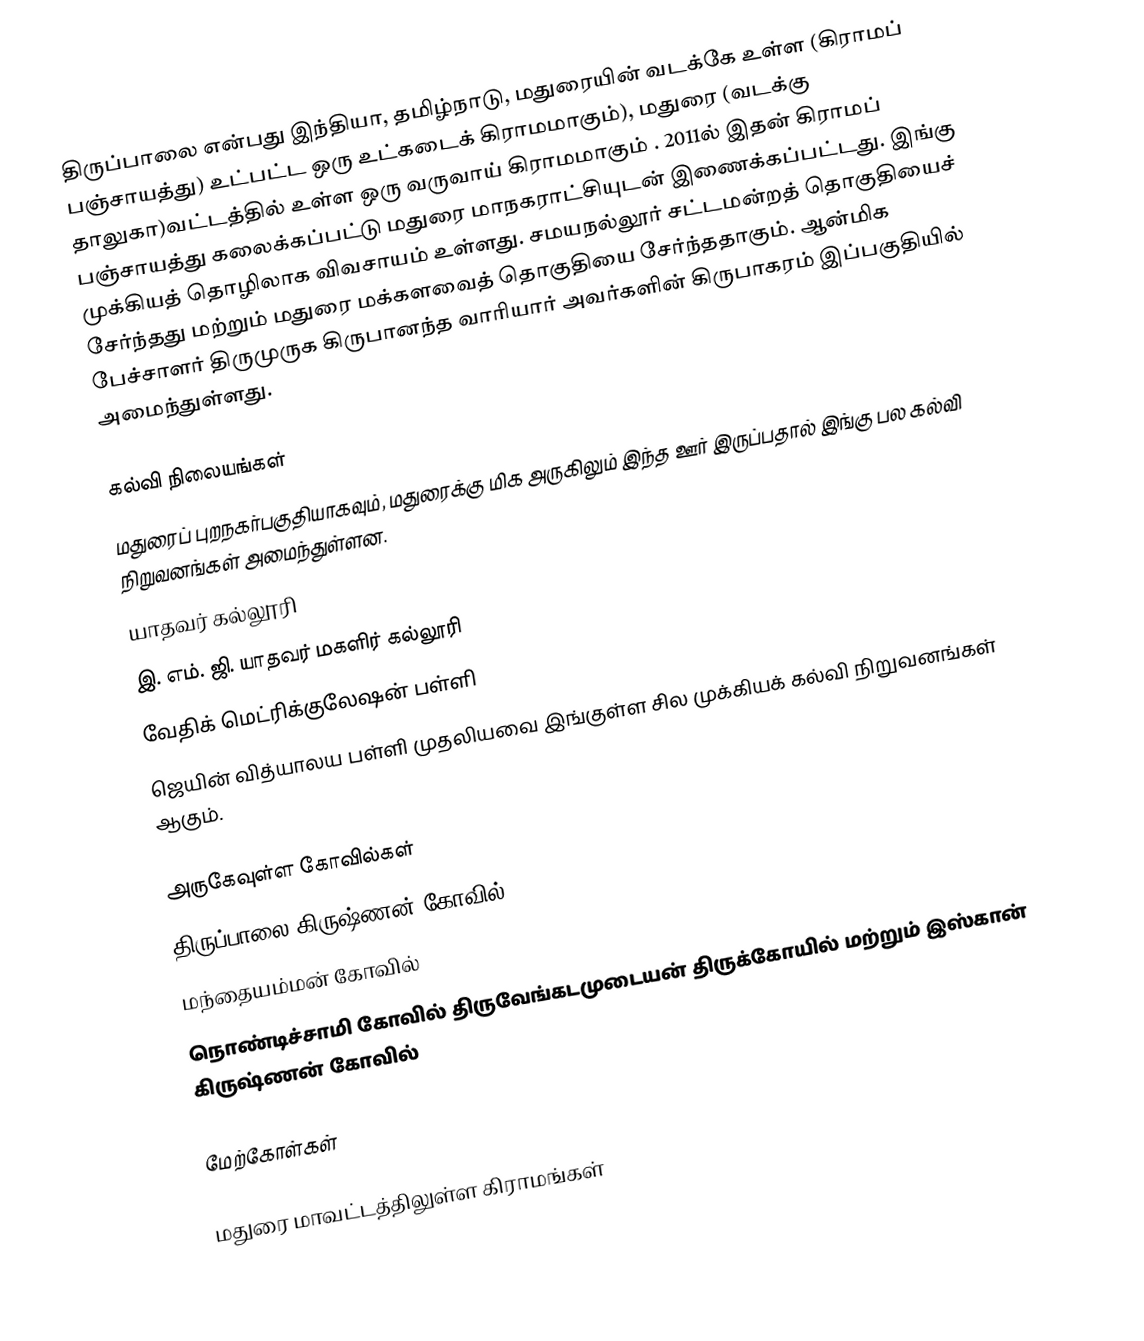
திருப்பாலை என்பது இந்தியா, தமிழ்நாடு, மதுரையின் வடக்கே உள்ள  (கிராமப் பஞ்சாயத்து) உட்பட்ட ஒரு உட்கடைக் கிராமமாகும்), மதுரை (வடக்கு தாலுகா)வட்டத்தில் உள்ள ஒரு வருவாய் கிராமமாகும் . 2011ல் இதன் கிராமப் பஞ்சாயத்து கலைக்கப்பட்டு மதுரை மாநகராட்சியுடன் இணைக்கப்பட்டது. இங்கு முக்கியத் தொழிலாக விவசாயம் உள்ளது. சமயநல்லூர் சட்டமன்றத் தொகுதியைச் சேர்ந்தது மற்றும் மதுரை மக்களவைத் தொகுதியை சேர்ந்ததாகும். ஆன்மிக பேச்சாளர் திருமுருக கிருபானந்த வாரியார் அவர்களின் கிருபாகரம்  இப்பகுதியில் அமைந்துள்ளது.

கல்வி நிலையங்கள்
மதுரைப் புறநகர்பகுதியாகவும், மதுரைக்கு மிக அருகிலும் இந்த ஊர் இருப்பதால் இங்கு பல கல்வி நிறுவனங்கள் அமைந்துள்ளன.
யாதவர் கல்லூரி
இ. எம். ஜி. யாதவர் மகளிர் கல்லூரி
 வேதிக் மெட்ரிக்குலேஷன் பள்ளி
 ஜெயின் வித்யாலய பள்ளி முதலியவை இங்குள்ள சில முக்கியக் கல்வி நிறுவனங்கள் ஆகும்.

அருகேவுள்ள கோவில்கள்
 திருப்பாலை கிருஷ்ணன் கோவில்
 மந்தையம்மன் கோவில்
 நொண்டிச்சாமி கோவில்                 திருவேங்கடமுடையன் திருக்கோயில் மற்றும்  இஸ்கான் கிருஷ்ணன் கோவில்

மேற்கோள்கள்

மதுரை மாவட்டத்திலுள்ள கிராமங்கள்